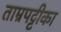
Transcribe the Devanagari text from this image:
ताम्रपट्टीका